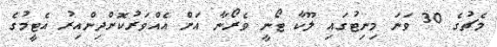
މެޗުގެ 30 ވަނަ މިނިޓުގައި ލޫކާ ޓޯނީ ވެރޯނާ އަށް އެއްވަރުކޮށްދިންއިރު އެޓީމުގެ